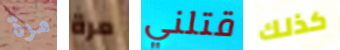
مرة مرة قتلني كذلك